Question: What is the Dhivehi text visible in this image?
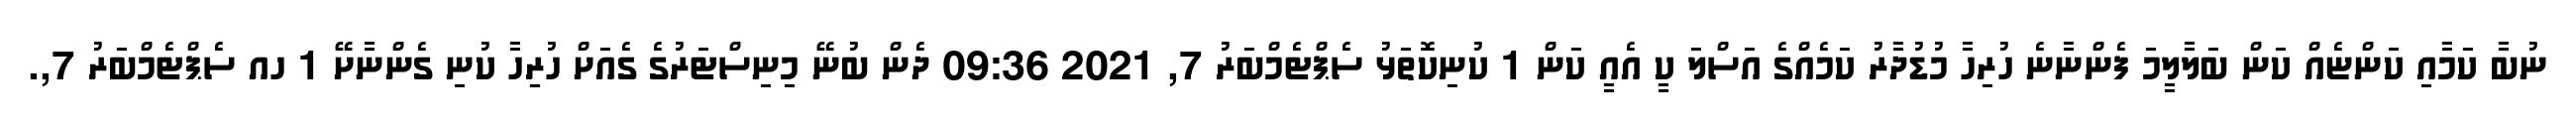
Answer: ނުބާ ކަމާއި ކަންޏެއް ކަން ބަލާލީމަ ފެންނާނެ ހުރިހާ މުޑުދާރު ކަމެއްގެ އަސްލަ ކީ އެއީ ކަން 1 ކުނިކޮތަޅު ސެޕްޓެމްބަރު 7, 2021 09:36 ދެން ބުނޭ މިނިސްޓަރުގެ ގެއަށް ހުރިހާ ކުނި ގެންނާށޭ 1 ހއ ސެޕްޓެމްބަރު 7,.